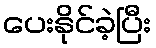
ပေးနိုင်ခဲ့ပြီး